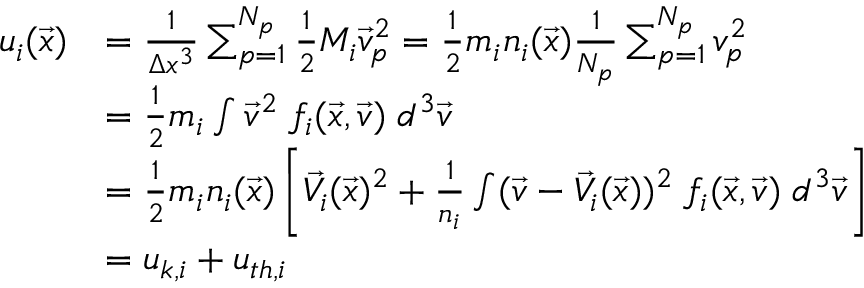
\begin{array} { r l } { u _ { i } ( \vec { x } ) } & { = \frac { 1 } { \Delta x ^ { 3 } } \sum _ { p = 1 } ^ { N _ { p } } \frac { 1 } { 2 } M _ { i } \vec { v } _ { p } ^ { 2 } = \frac { 1 } { 2 } m _ { i } n _ { i } ( \vec { x } ) \frac { 1 } { N _ { p } } \sum _ { p = 1 } ^ { N _ { p } } v _ { p } ^ { 2 } } \\ & { = \frac { 1 } { 2 } m _ { i } \int \vec { v } ^ { 2 } \; f _ { i } ( \vec { x } , \vec { v } ) \; d ^ { 3 } \vec { v } } \\ & { = \frac { 1 } { 2 } m _ { i } n _ { i } ( \vec { x } ) \left[ \vec { V _ { i } } ( \vec { x } ) ^ { 2 } + \frac { 1 } { n _ { i } } \int ( \vec { v } - \vec { V } _ { i } ( \vec { x } ) ) ^ { 2 } \; f _ { i } ( \vec { x } , \vec { v } ) \; d ^ { 3 } \vec { v } \right] } \\ & { = u _ { k , i } + u _ { t h , i } } \end{array}